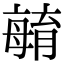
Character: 𣫺